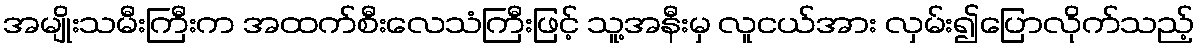
အမျိုးသမီးကြီးက အထက်စီးလေသံကြီးဖြင့် သူ့အနီးမှ လူငယ်အား လှမ်း၍ပြောလိုက်သည့်